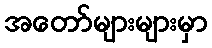
အတော်များများမှာ